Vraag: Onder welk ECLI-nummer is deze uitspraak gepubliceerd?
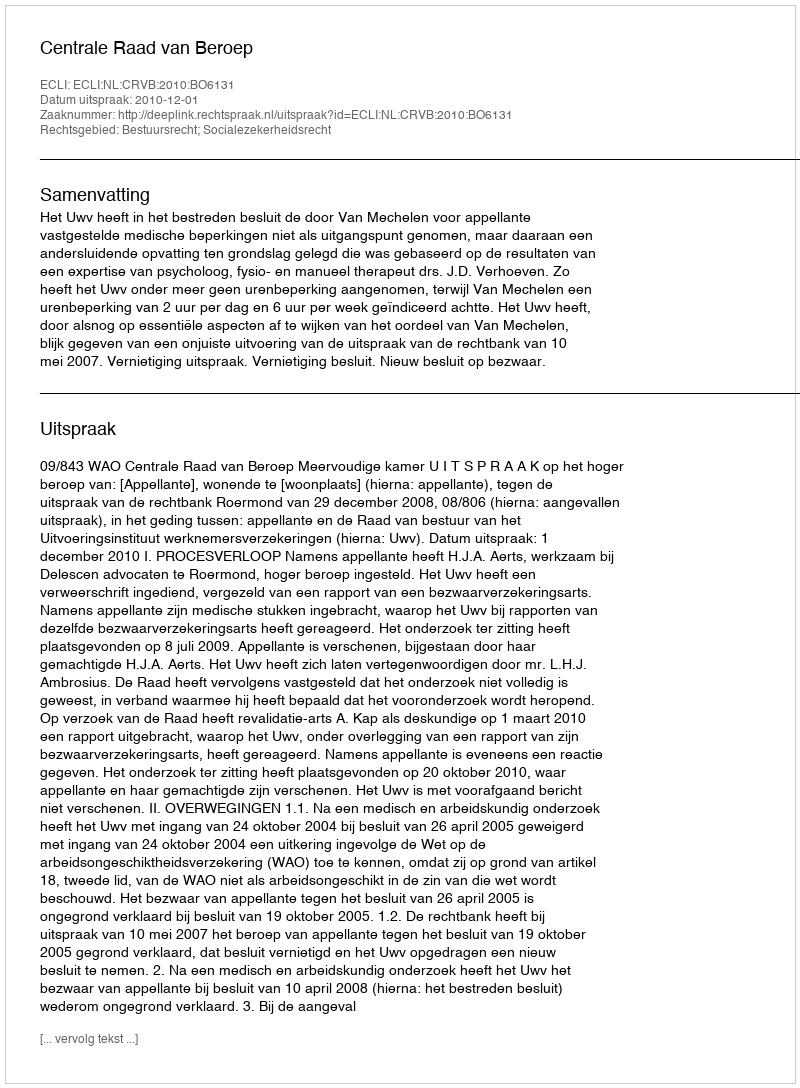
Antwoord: ECLI:NL:CRVB:2010:BO6131